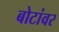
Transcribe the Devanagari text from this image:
बोटांवर